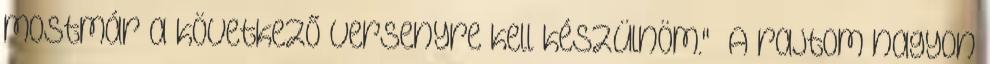
mostmár a következő versenyre kell készülnöm." „A rajtom nagyon